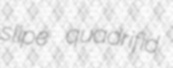
slipe quadrifid